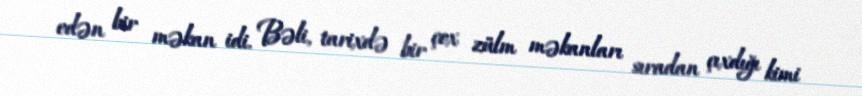
edən bir məkan idi. Bəli, tarixdə bir çox zülm məkanları sıradan çıxdığı kimi